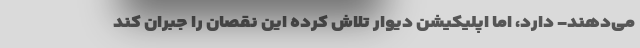
می‌دهند- دارد، اما اپلیکیشن دیوار تلاش کرده این نقصان را جبران کند